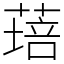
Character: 𦹷